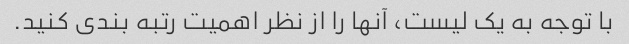
با توجه به یک لیست، آنها را از نظر اهمیت رتبه بندی کنید.